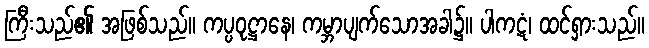
ကြီးသည်၏ အဖြစ်သည်။ ကပ္ပဝုဋ္ဌာနေ၊ ကမ္ဘာပျက်သောအခါ၌။ ပါကဋံ၊ ထင်ရှားသည်။